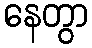
နေတွာ